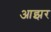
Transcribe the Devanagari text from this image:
आझर